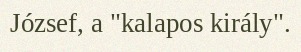
József, a "kalapos király".